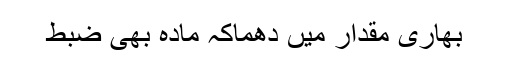
بھاری مقدار میں دھماکہ مادہ بھی ضبط